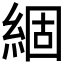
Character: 𮈗